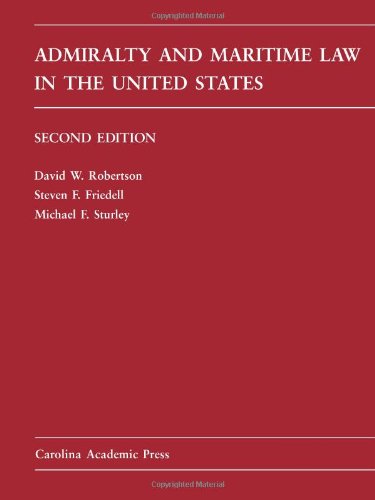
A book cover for Admiralty and Maritime Law in the United States: Cases and Materials (Carolina Academic Press Law Casebook Series); David W. Robertson; Law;